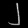
Digit: ၂